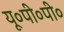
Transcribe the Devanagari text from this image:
यू०पी०पी०